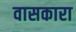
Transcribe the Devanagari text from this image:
वासकारा